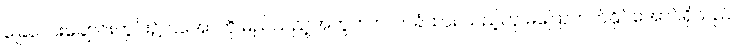
ခြေလေးချောင်းတွင်း၌ ငအောကို မည်သည့်အတွက် လက်ခံထား သည့်ဟု မပြောတတ်နိုင်အောင်ရှိသည်။